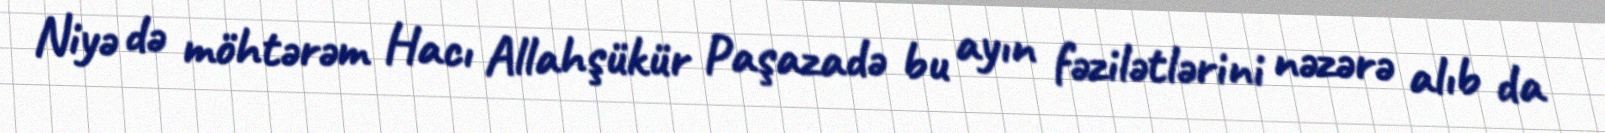
Niyə də möhtərəm Hacı Allahşükür Paşazadə bu ayın fəzilətlərini nəzərə alıb da